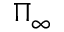
\Pi _ { \infty }